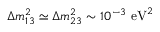
\Delta m _ { 1 3 } ^ { 2 } \simeq \Delta m _ { 2 3 } ^ { 2 } \sim 1 0 ^ { - 3 } ~ \mathrm { e V } ^ { 2 }